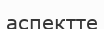
аспектте